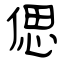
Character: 偲